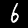
Digit: 6